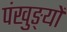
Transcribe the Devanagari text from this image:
पंखुङ्यों